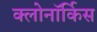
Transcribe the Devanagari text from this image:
क्लोनॉर्किस